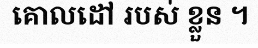
គោលដៅ របស់ ខ្លួន ។